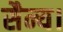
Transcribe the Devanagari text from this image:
सैन्य।